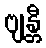
ဗျန္တီ